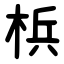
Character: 梹